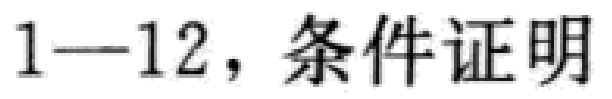
1—12，条件证明